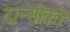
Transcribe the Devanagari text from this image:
दान्सोको